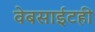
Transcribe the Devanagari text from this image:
वेबसाईटही